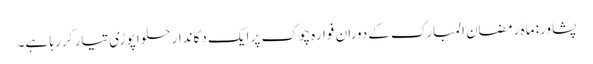
پشاور: ماہ رمضان المبارک کےدوران فوارہ چوک پر ایک دکاندار حلوا پوڑی تیار کر رہا ہے۔